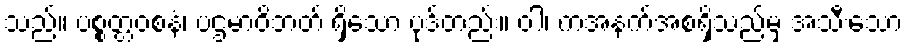
သည်။ ပစ္စတ္တဝစနံ၊ ပဌမာဝိဘတ် ရှိသော ပုဒ်တည်း။ ဝါ၊ ကံအနက်အစရှိသည်မှ အသီးသော